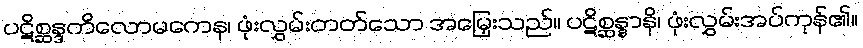
ပဋိစ္ဆန္ဒကိလောမကေန၊ ဖုံးလွှမ်းတတ်သော အမြှေးသည်။ ပဋိစ္ဆန္နာနိ၊ ဖုံးလွှမ်းအပ်ကုန်၏။